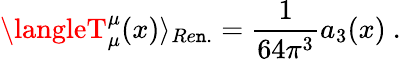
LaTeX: \langleT_{\mu}^{\mu}(x)\rangle_{Re\mathtt{n}.}=\frac{1}{{64\pi^{3}}}a_{3}(x)\ .